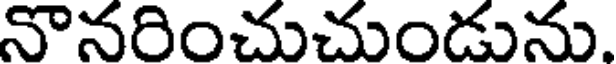
నొనరించుచుండును.